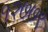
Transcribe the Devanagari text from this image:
१२७७९